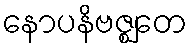
နောပနိဗဇ္ဈတေ